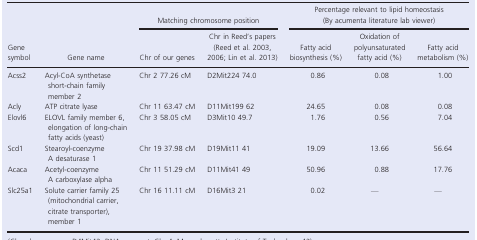
| <ROWSPAN=2> Gene symbol | <ROWSPAN=2> Gene name | <COLSPAN=2> Matching chromosome position | <COLSPAN=3> Percentage relevant to lipid homeostasis (By acumenta literature lab viewer) |
 | Chr of our genes | Chr in Reed's papers (Reed et al. 2003, 2006; Lin et al. 2013) | Fatty acid biosynthesis (%) | Oxidation of polyunsaturated fatty acid (%) | Fatty acid metabolism (%) |
 | --- | --- | --- | --- | --- | --- | --- |
 | Acss2 | Acyl‐CoA synthetase short‐chain family member 2 | Chr 2 77.26 cM | D2Mit224 74.0 | 0.86 | 0.08 | 1.00 |
 | Acly | ATP citrate lyase | Chr 11 63.47 cM | D11Mit199 62 | 24.65 | 0.08 | 0.08 |
 | Elovl6 | ELOVL family member 6, elongation of long‐chain fatty acids (yeast) | Chr 3 58.05 cM | D3Mit10 49.7 | 1.76 | 0.56 | 7.04 |
 | Scd1 | Stearoyl‐coenzyme A desaturase 1 | Chr 19 37.98 cM | D19Mit11 41 | 19.09 | 13.66 | 56.64 |
 | Acaca | Acetyl‐coenzyme A carboxylase alpha | Chr 11 51.29 cM | D11Mit41 49 | 50.96 | 0.88 | 17.76 |
 | Slc25a1 | Solute carrier family 25 (mitochondrial carrier, citrate transporter), member 1 | Chr 16 11.11 cM | D16Mit3 21 | 0.02 | — | — |